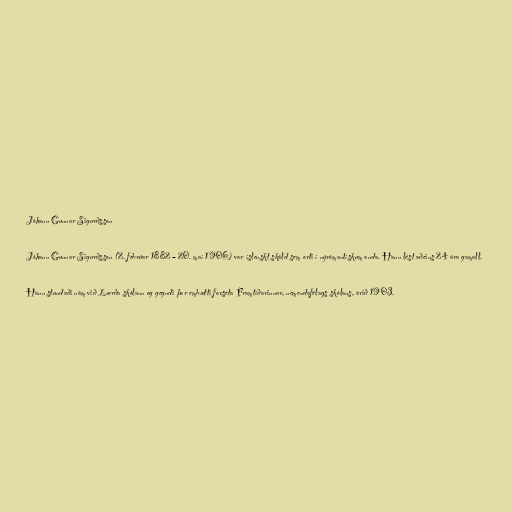
Jóhann Gunnar Sigurðsson

Jóhann Gunnar Sigurðsson (2. febrúar 1882 – 20. maí 1906) var íslenskt skáld sem orti í nýrómantískum anda. Hann lést aðeins 24 ára gamall.

Hann stundaði nám við Lærða skólann og gegndi þar embætti forseta Framtíðarinnar, nemendafélags skólans, árið 1903.